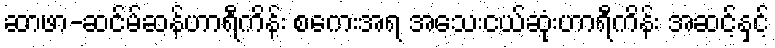
ဆာဖာ-ဆင်မ်ဆန်ဟာရီကိန်း စကေးအရ အသေးငယ်ဆုံးဟာရီကိန်း အဆင့်နှင့်